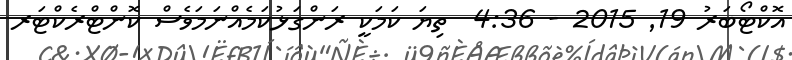
އޮކްޓޯބަރު 19